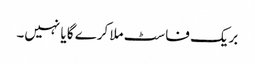
بریک فاسٹ ملا کرے گا یا نہیں۔